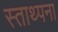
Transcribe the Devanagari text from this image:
स्ताथ्पना